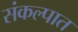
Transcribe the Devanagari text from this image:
संकल्पात